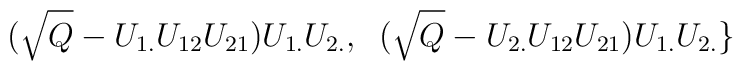
\;\;(\sqrt{Q}  - U_{1.} U_{12} U_{21})U_{1.}U_{2.},\;\;(\sqrt{Q}  - U_{2.} U_{12} U_{21})U_{1.}U_{2.}\}